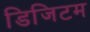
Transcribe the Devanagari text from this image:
डिजिटम